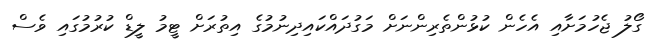
ގޯލު ޖެހުމަށާއި އެހެން ކުޅުންތެރިންނަށް މަގުދައްކައިދިނުމުގެ އިތުރަށް ޓީމު ލީޑް ކުރުމުގައި ވެސް